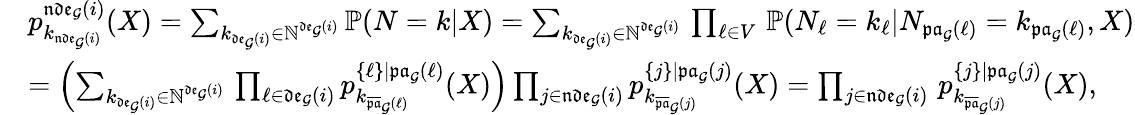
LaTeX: \begin{array}{rl}&{p_{k_{\mathfrak{nde}_{\mathcal{G}}(i)}}^{\mathfrak{nde}_{\mathcal{G}}(i)}(X)=\sum_{k_{\mathfrak{de}_{\mathcal{G}}(i)}\in\mathbb{N}^{\mathfrak{de}_{\mathcal{G}}(i)}}\mathbb{P}(N=k|X)=\sum_{k_{\mathfrak{de}_{\mathcal{G}}(i)}\in\mathbb{N}^{\mathfrak{de}_{\mathcal{G}}(i)}}\, \prod_{\ell\in V}\, \mathbb P(N_{\ell}=k_{\ell}|N_{\mathfrak{pa}_{\mathcal G}(\ell)}=k_{\mathfrak{pa}_{\mathcal G}(\ell)},X)}\\ &{=\left(\sum_{k_{\mathfrak{de}_{\mathcal{G}}(i)}\in\mathbb{N}^{\mathfrak{de}_{\mathcal{G}}(i)}}\, \prod_{\ell\in\mathfrak{de}_{\mathcal G}(i)}p_{k_{\overline{{\mathfrak{pa}}}_{\mathcal{G}}(\ell)}}^{\{ \ell\} |\mathfrak{pa}_{\mathcal{G}}(\ell)}(X)\right)\prod_{j\in\mathfrak{nde}_{\mathcal{G}}(i)}p_{k_{\overline{{\mathfrak{pa}}}_{\mathcal{G}}(j)}}^{\{ j\} |\mathfrak{pa}_{\mathcal{G}}(j)}(X)=\prod_{j\in\mathfrak{nde}_{\mathcal{G}}(i)}\, p_{k_{\overline{{\mathfrak{pa}}}_{\mathcal{G}}(j)}}^{\{ j\} |\mathfrak{pa}_{\mathcal{G}}(j)}(X),}\end{array}